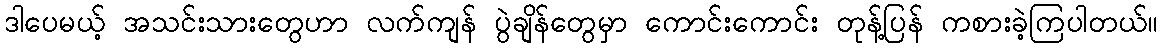
ဒါပေမယ့် အသင်းသားတွေဟာ လက်ကျန် ပွဲချိန်တွေမှာ ကောင်းကောင်း တုန့်ပြန် ကစားခဲ့ကြပါတယ်။